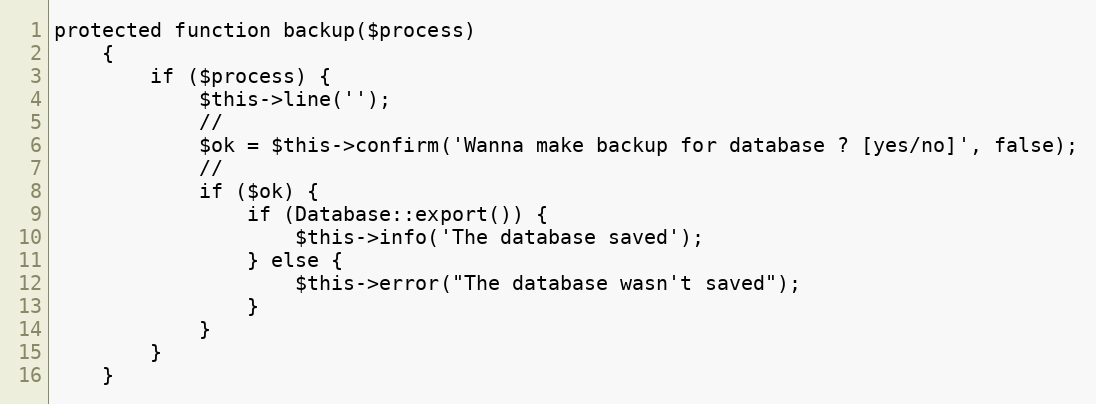
Language: PHP
protected function backup($process)
    {
        if ($process) {
            $this->line('');
            //
            $ok = $this->confirm('Wanna make backup for database ? [yes/no]', false);
            //
            if ($ok) {
                if (Database::export()) {
                    $this->info('The database saved');
                } else {
                    $this->error("The database wasn't saved");
                }
            }
        }
    }